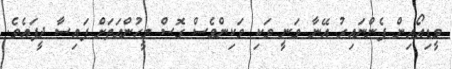
ވީޑިއޯއިން ފެންނައިރު އޭނާ ވަނީ ވަކި ވަކިންވެސް ގޮސް މީހުންއަތަށް ފައިސާ ދީފައެވެ.